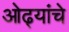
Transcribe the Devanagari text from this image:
ओढ्यांचे